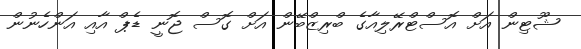
ޝޫޓިން އަށް އޮސްޓްރޭލިއާގެ ބްރިޒްބޭން އަށް ގޮސް ޖޮނީ ޑެޕް އާއި އަންހެނުން